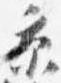
京